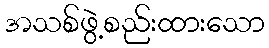
အသစ်ဖွဲ့စည်းထားသော